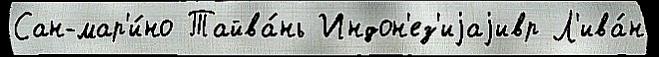
Сан-мар'и́но Тайва́нь Индон'ез'иjаjивр Л'ива́н